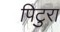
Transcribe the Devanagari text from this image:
पिटुरा